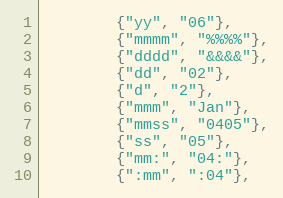
Language: Go
		{"yy", "06"},
		{"mmmm", "%%%%"},
		{"dddd", "&&&&"},
		{"dd", "02"},
		{"d", "2"},
		{"mmm", "Jan"},
		{"mmss", "0405"},
		{"ss", "05"},
		{"mm:", "04:"},
		{":mm", ":04"},